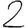
Digit: 2